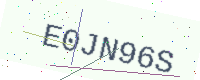
Text: E0JN96S